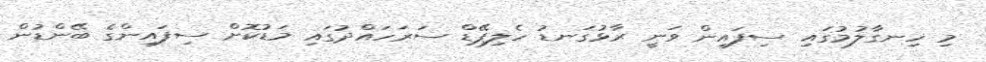
މި ހިނގާލުމުގައި ސިފައިން ވަނީ ރާޅުގަނޑު ހެލިޕޭޑް ސަރަހައްދުގައި މަޑުކޮށް ސިފައިންގެ ބޭންޑުން